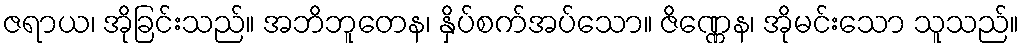
ဇရာယ၊ အိုခြင်းသည်။ အဘိဘူတေန၊ နှိပ်စက်အပ်သော။ ဇိဏ္ဏေန၊ အိုမင်းသော သူသည်။